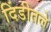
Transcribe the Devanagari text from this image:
दिंडीतले